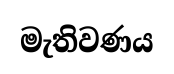
මැතිවණය